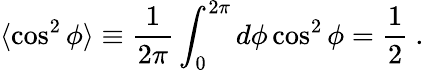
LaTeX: \langle\cos^{2}\phi\rangle\equiv\frac{1}{2\pi}\int_{0}^{2\pi}d\phi\cos^{2}\phi=\frac{1}{2}\ .